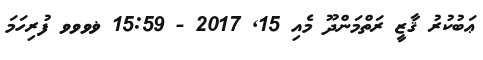
ޢަބުކުރު ޤާޒީ ރަތްމަންދޫ މެއި 15